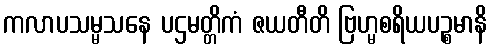
ကလာပသမ္မသနေ ပဌမတ္တိကံ ဇယတီတိ ဗြဟ္မစရိယပဉ္စမာနိ